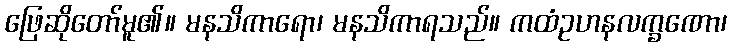
ဖြေဆိုတော်မူ၏။ မနသိကာရော၊ မနသိကာရသည်။ ကထံဥဟနလက္ခဏော၊